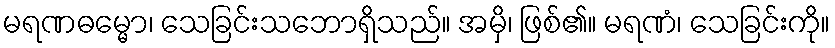
မရဏဓမ္မော၊ သေခြင်းသဘောရှိသည်။ အမှိ၊ ဖြစ်၏။ မရဏံ၊ သေခြင်းကို။